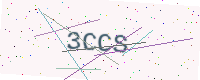
Text: 3CCS